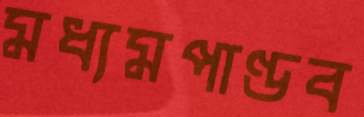
মধ্যমপাণ্ডব